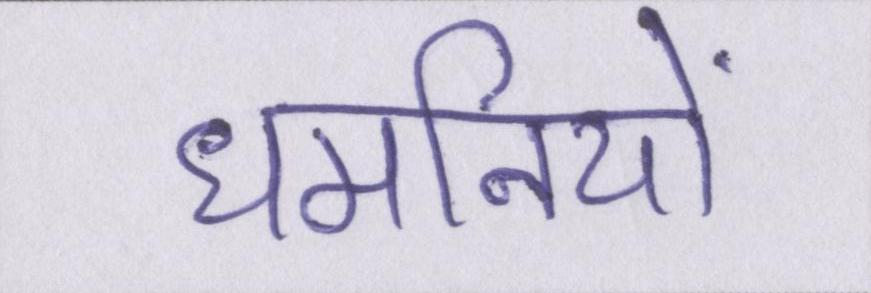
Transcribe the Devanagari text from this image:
धमनियों